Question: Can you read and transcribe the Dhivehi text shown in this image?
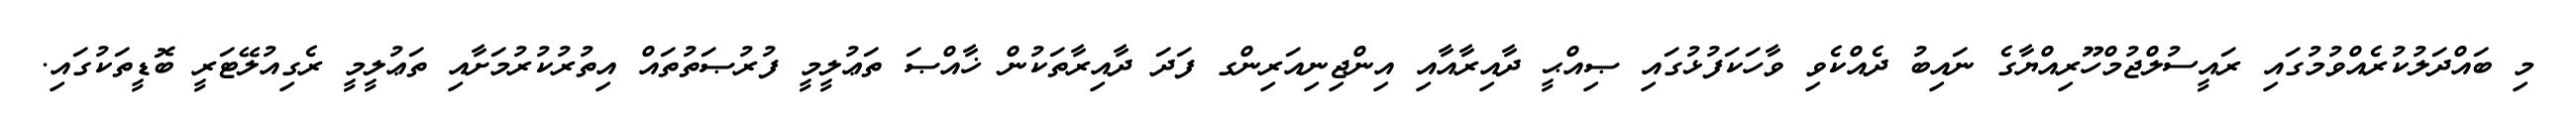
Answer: މި ބައްދަލުކުރެއްވުމުގައި ރައީސުލްޖުމްހޫރިއްޔާގެ ނައިބު ދެއްކެވި ވާހަކަފުޅުގައި ޞިއްޙީ ދާއިރާއާއި އިންޖިނިއަރިންގ ފަދަ ދާއިރާތަކުން ޚާއްޞަ ތަޢުލީމީ ފުރުޞަތުތައް އިތުރުކުރުމަށާއި ތަޢުލީމީ ރެގިއުލޭޓަރީ ބޮޑީތަކުގައި.